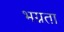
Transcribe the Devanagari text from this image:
भग्नता